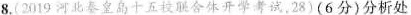
8.(2019河北皇岛十五校合体开学考试，28)(6分)分析处